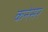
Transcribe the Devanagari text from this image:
कनेसर